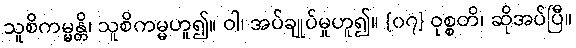
သူစိကမ္မန္တိ၊ သူစိကမ္မဟူ၍။ ဝါ၊ အပ်ချုပ်မှုဟူ၍။ {၀၇} ဝုစ္စတိ၊ ဆိုအပ်ပြီ။